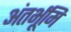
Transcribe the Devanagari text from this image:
अंतर्भूमि